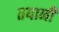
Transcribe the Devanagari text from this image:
तयानी